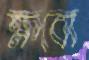
ক্ষবো